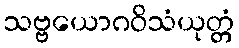
သဗ္ဗယောဂဝိသံယုတ္တံ